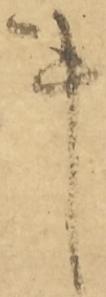
事